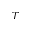
\boldsymbol { T }